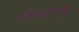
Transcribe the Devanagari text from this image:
तिआनमु